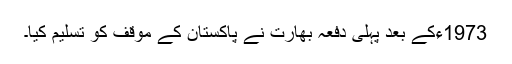
1973ءکے بعد پہلی دفعہ بھارت نے پاکستان کے موقف کو تسلیم کیا۔